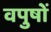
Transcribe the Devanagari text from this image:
वपुषों